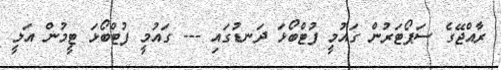
ރާއްޖޭގެ ސަޕޯޓަރުން ގައުމީ ފުޓްބޯޅަ ދަނޑުގައި --- ގައުމީ ފުޓްބޯޅަ ޓީމުން އަލީ